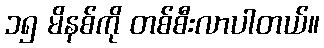
၁၅ မိနစ်ကို တစ်စီးလာပါတယ်။